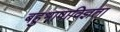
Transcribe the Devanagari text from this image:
बहुभाषाविज्ञता